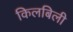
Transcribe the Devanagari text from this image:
किलबिली